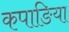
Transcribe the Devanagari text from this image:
कपाङिया